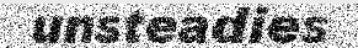
unsteadies